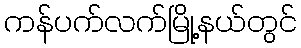
ကန်ပက်လက်မြို့နယ်တွင်